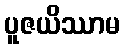
ပူဇယိဿာမ